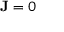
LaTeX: \mathbf { J } = 0